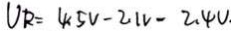
U _ { R } = 4 . 5 V - 2 . 1 V - 2 . 4 V